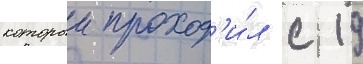
которыи проход'и́л с 19